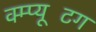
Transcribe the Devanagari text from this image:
क्म्प्यूटिंग